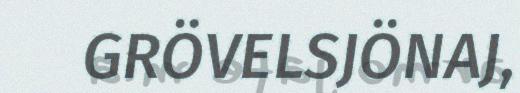
GRÖVELSJÖNAJ,